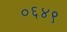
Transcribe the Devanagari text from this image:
०६४९